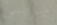
جربي